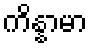
ကိန္နာမာ